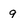
Character: 9